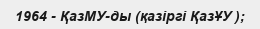
1964 - ҚазМУ-ды (қазіргі ҚазҰУ );